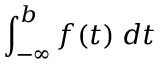
\int _ { - \infty } ^ { b } f ( t ) \; d t